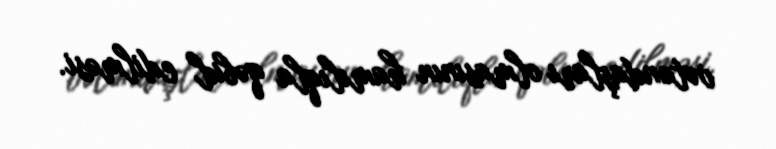
vətəndaşları olmasının hamılıqla qəbul edilməsi.